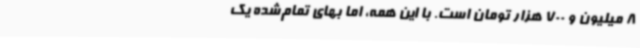
8 میلیون و 700 هزار تومان است. با این‌ همه، اما بهای تمام‌شده یک